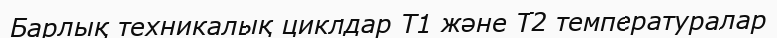
Барлық техникалық циклдар Т1 және Т2 температуралар